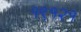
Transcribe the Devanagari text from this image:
१९१२१